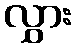
လွှား